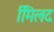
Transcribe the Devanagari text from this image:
मििलद